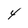
Character: 4